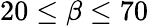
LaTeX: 20\leq\beta\leq 70